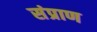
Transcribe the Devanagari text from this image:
संप्राण